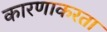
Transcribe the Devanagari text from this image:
कारणाकरता